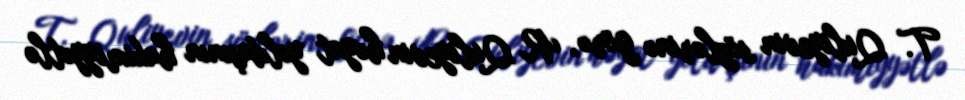
T. Quliyevin sözlərinə görə, R. Quliyevin həyat yoldaşının hakimiyyətlə